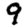
Digit: 9